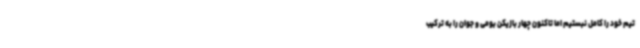
تیم خود را کامل نبستیم اما تاکنون چهار بازیکن بومی و جوان را به ترکیب